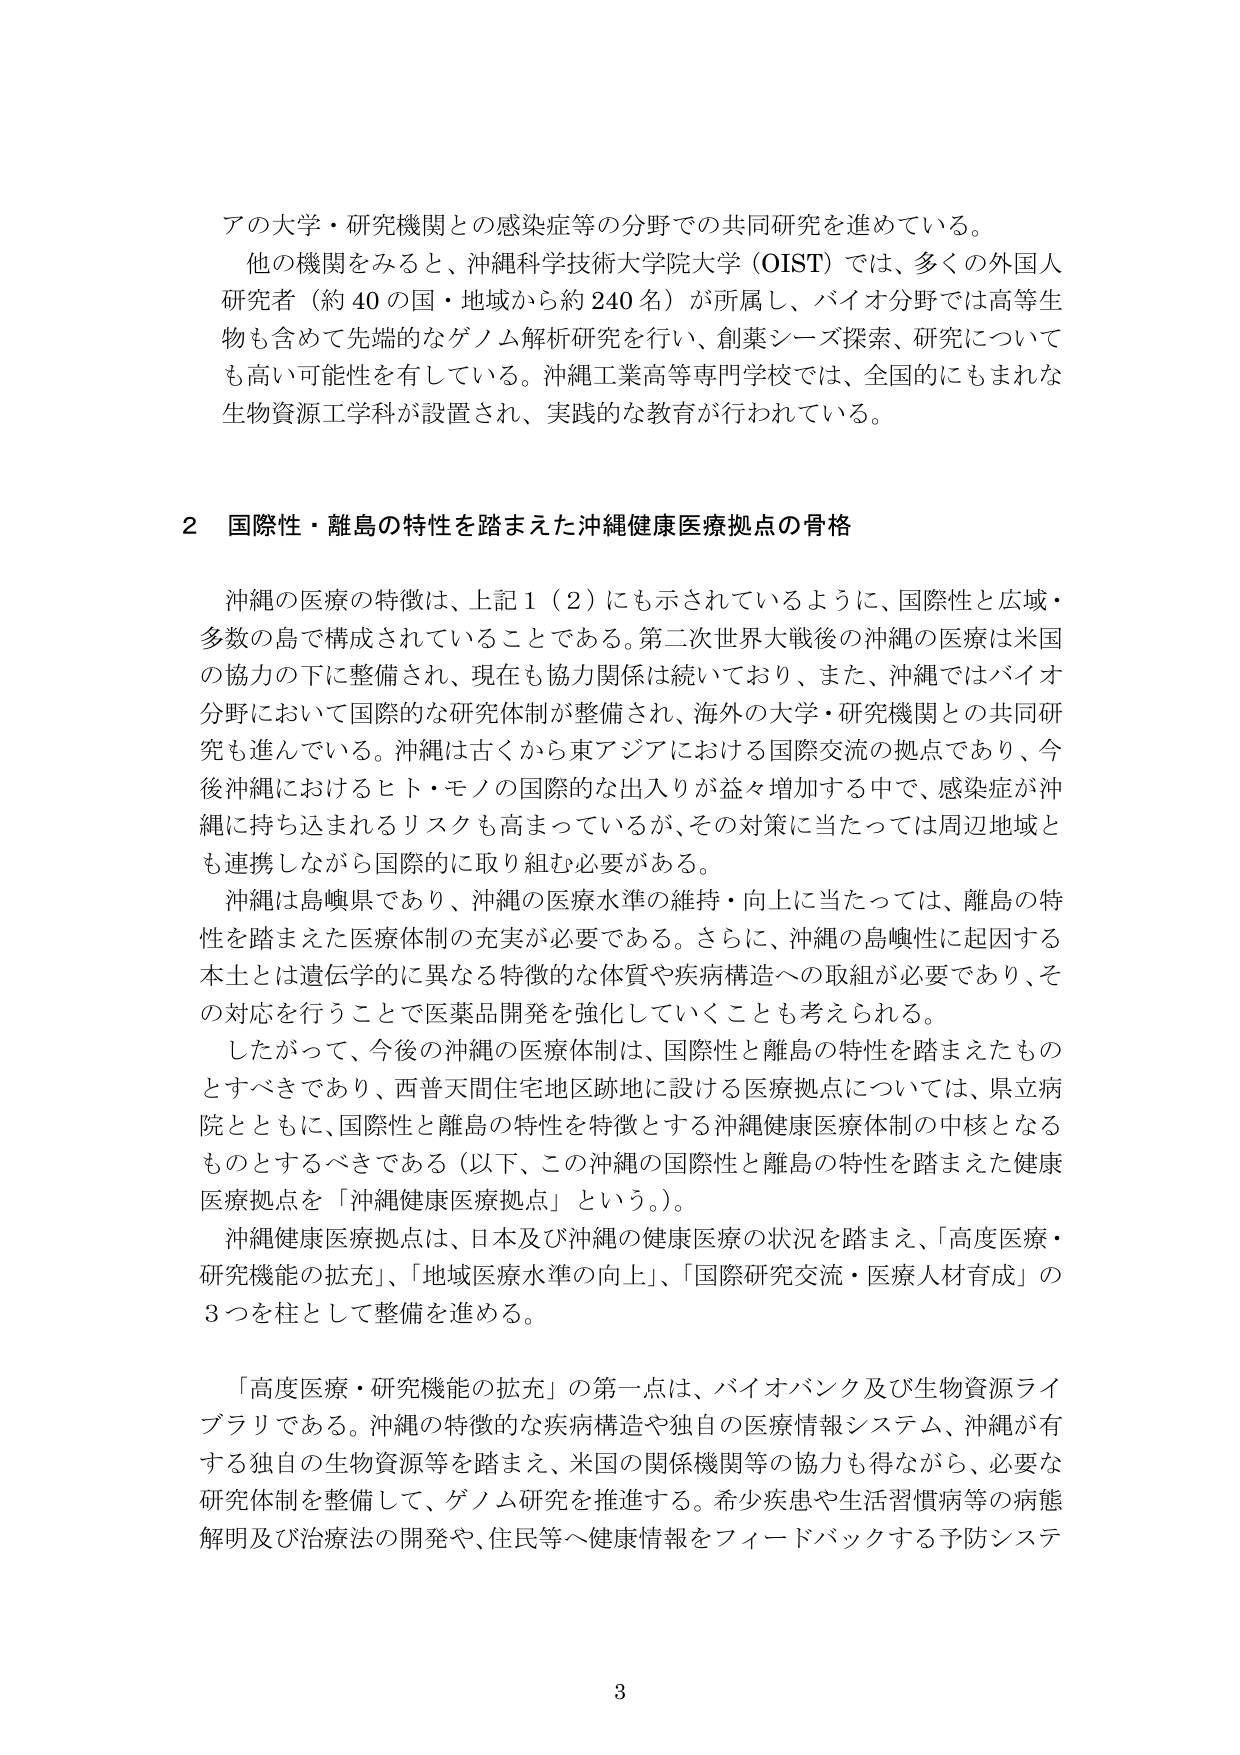
アの大学・研究機関との感染症等の分野での共同研究を進めている。

他の機関をみると、沖縄科学技術大学院大学（OIST）では、多くの外国人研究者（約40の国・地域から約240名）が所属し、バイオ分野では高等生物も含めて先端的なゲノム解析研究を行い、創薬シーズ探索、研究についても高い可能性を有している。沖縄工業高等専門学校では、全国的にもまれな生物資源工学科が設置され、実践的な教育が行われている。

2 国際性・離島の特性を踏まえた沖縄健康医療拠点の骨格

沖縄の医療の特徴は、上記1（2）にも示されているように、国際性と広域・多数の島で構成されていることである。第二次世界大戦後の沖縄の医療は米国の協力の下に整備され、現在も協力関係は続いており、また、沖縄ではバイオ分野において国際的な研究体制が整備され、海外の大学・研究機関との共同研究も進んでいる。沖縄は古くから東アジアにおける国際交流の拠点であり、今後沖縄におけるヒト・モノの国際的な出入りが益々増加する中で、感染症が沖縄に持ち込まれるリスクも高まっているが、その対策に当たっては周辺地域とも連携しながら国際的に取り組む必要がある。

沖縄は島嶼県であり、沖縄の医療水準の維持・向上に当たっては、離島の特性を踏まえた医療体制の充実が必要である。さらに、沖縄の島嶼性に起因する本土とは遺伝学的に異なる特徴的な体質や疾病構造への取組が必要であり、その対応を行うことで医薬品開発を強化していくことも考えられる。

したがって、今後の沖縄の医療体制は、国際性と離島の特性を踏まえたものとすべきであり、西普天間住宅地区跡地に設ける医療拠点については、県立病院とともに、国際性と離島の特性を特徴とする沖縄健康医療体制の中核となるものとするべきである（以下、この沖縄の国際性と離島の特性を踏まえた健康医療拠点を「沖縄健康医療拠点」という。）。

沖縄健康医療拠点は、日本及び沖縄の健康医療の状況を踏まえ、「高度医療・研究機能の拡充」、「地域医療水準の向上」、「国際研究交流・医療人材育成」の3つを柱として整備を進める。

「高度医療・研究機能の拡充」の第一点は、バイオバンク及び生物資源ライブラリである。沖縄の特徴的な疾病構造や独自の医療情報システム、沖縄が有する独自の生物資源等を踏まえ、米国の関係機関等の協力も得ながら、必要な研究体制を整備して、ゲノム研究を推進する。希少疾患や生活習慣病等の病態解明及び治療法の開発や、住民等へ健康情報をフィードバックする予防システ

3